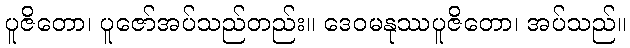
ပူဇိတော၊ ပူဇော်အပ်သည်တည်း။ ဒေဝမနုဿပူဇိတော၊ အပ်သည်။